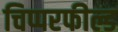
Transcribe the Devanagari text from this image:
चिप्परफील्ड